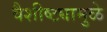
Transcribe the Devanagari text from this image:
वैशीष्ट्यामुळे